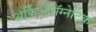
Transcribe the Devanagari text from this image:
अर्किओमॅग्नेटिक